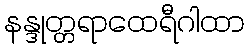
နန္ဒုတ္တရာထေရီဂါထာ